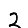
Digit: 2